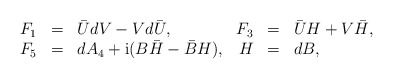
\begin{align*}\begin{array}{rclrcl}F_1 & = & \bar U d V - V d \bar U,&F_3 & = & \bar U H + V \bar H, \\F_5 & = & d A_4 + {\rm i} (B \bar H - \bar B H),&H &=& dB,\end{array}\end{align*}